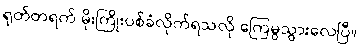
ရုတ်တရက် မိုးကြိုးပစ်ခံလိုက်ရသလို ကြေမွသွားလေပြီ။